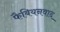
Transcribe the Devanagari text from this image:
फैबियनवाद